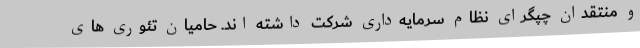
و منتقدان چپگرای نظام سرمایه‌داری شرکت داشته اند. حامیان تئوری های